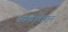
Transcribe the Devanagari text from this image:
आखातातून